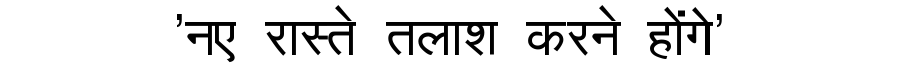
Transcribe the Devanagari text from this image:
'नए रास्ते तलाश करने होंगे'